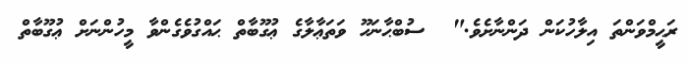
ރަޙީމްވަންތަ އިލާހުކަން ދަންނާށެވެ."  ސުބްޙާނަހޫ ވަތަޢާލާގެ ޢުގޫބާތް ޙައްގުވެގެންވާ މީހުންނަށް ޢުގޫބާތް